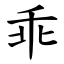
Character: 乖